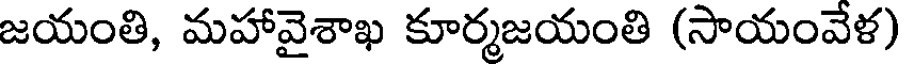
జయంతి, మహావైశాఖ కూర్మజయంతి (సాయంవేళ)